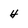
Character: 4